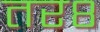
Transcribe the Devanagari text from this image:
तर८